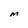
Character: M